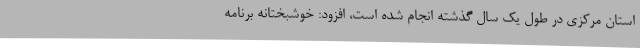
استان مرکزی در طول یک سال گذشته انجام شده است، افزود: خوشبختانه برنامه